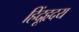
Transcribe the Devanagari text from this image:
हिंदूहृदय